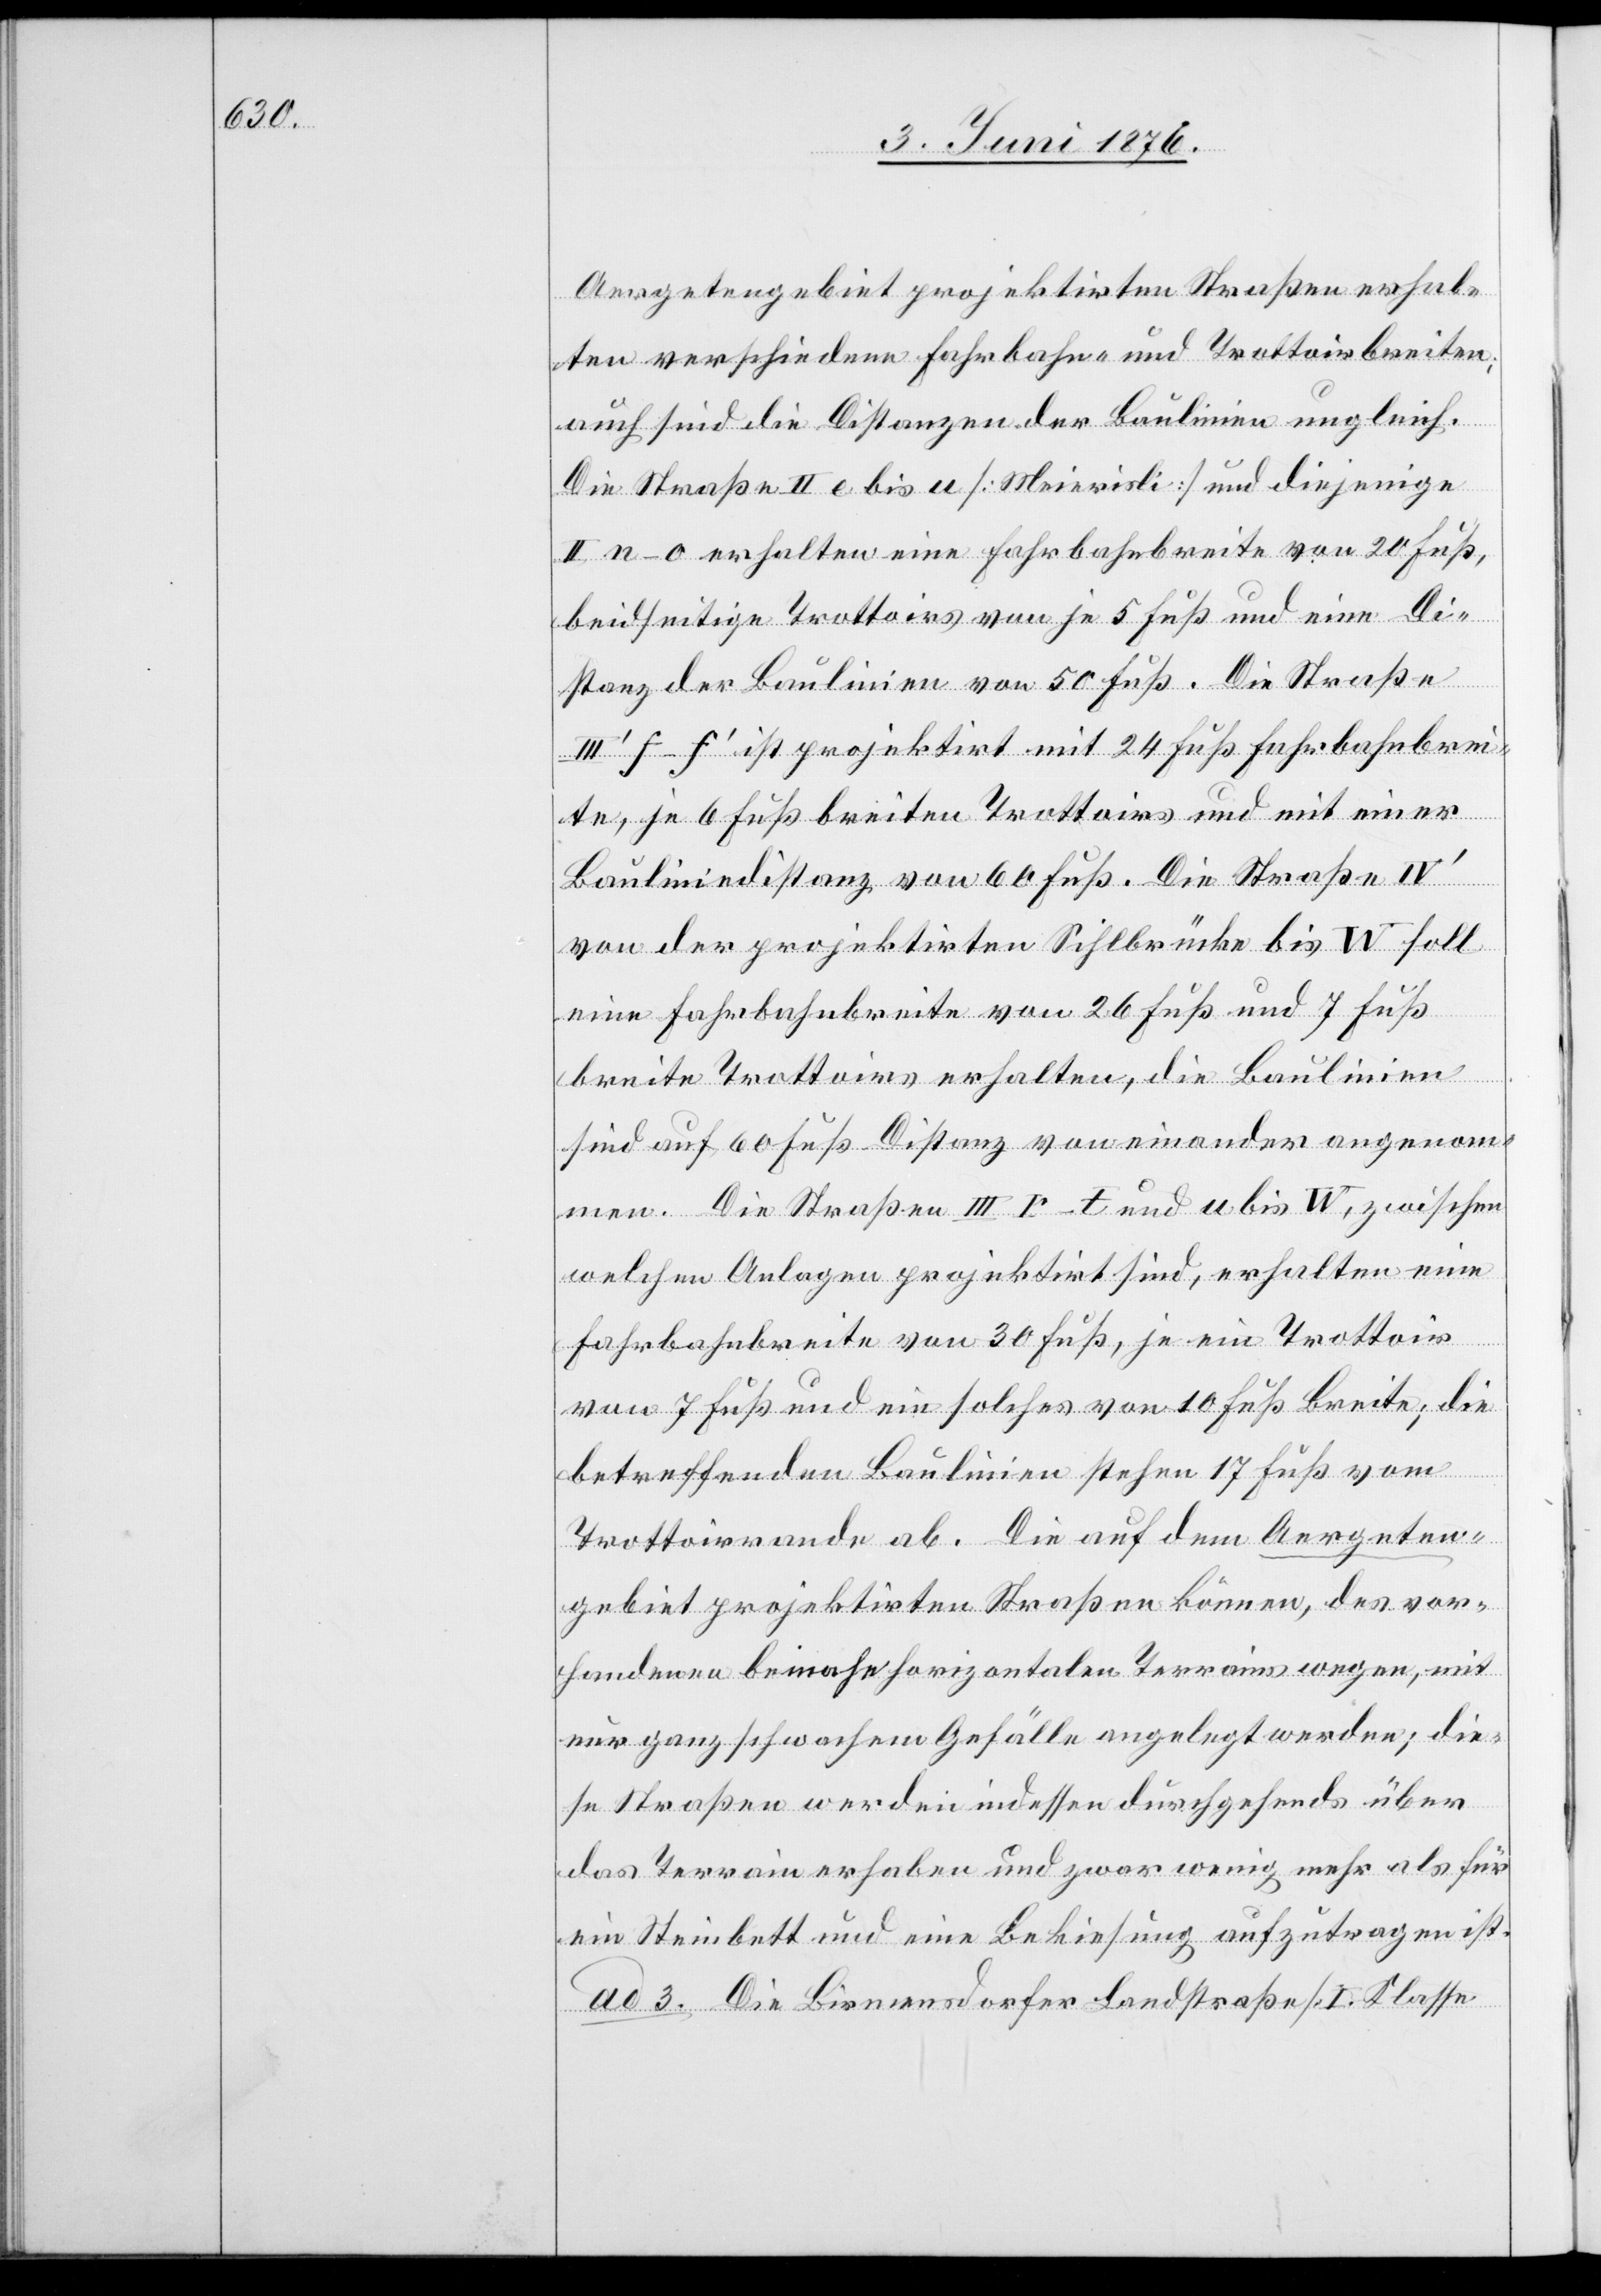
Aergetengebiet projektirten Straßen erhal¬
ten verschiedene Fahrbahn- und Trottoirbreiten,
auch sind die Distanzen der Baulinie ungleich.
Die Straße II e bis u [Meierisli] und diejenige
II n–o erhalten eine Fahrbahnbreite von 20 Fuß,
beidseitige Trottoirs von je 5 Fuß und eine Di¬
stanz der Baulinien von 50 Fuß. Die Straße
III‘ f–f‘ ist projektirt mit 24 Fuß Fahrbahnbrei¬
te, je 6 Fuß breiten Trottoirs und mit einer
Bauliniendistanz von 60 Fuß. Die Straße IV‘
von der projektirten Sihlbrücke bis W soll
eine Fahrbahnbreite von 26 Fuß und 7 Fuß
breite Trottoirs erhalten, die Baulinien
sind auf 60 Fuß Distanz voneinander angenom¬
men. Die Straßen III r–t und u bis w, zwischen
welchen Anlagen projektirt sind, erhalten eine
Fahrbahnbreite von 30 Fuß, je ein Trottoir
von 7 Fuß und ein solches von 10 Fuß Breite; die
betreffenden Baulinien stehen 17 Fuß vom
Trottoirrande ab. Die auf dem Aegerten¬
gebiet projektirten Straßen können, des vor¬
handenen beinahe horizontalen Terrains wegen, mit
nur ganz schwachem Gefälle angelegt werden; die¬
se Straßen werden indessen durchgehends über
das Terrain erhaben und zwar ein wenig mehr als für
ein Steinbett und eine Bekiesung aufzutragen ist.
ad 3. Die Birmensdorfer Landstraße [I. Klasse